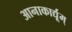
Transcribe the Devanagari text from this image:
आनाकार्द्यूम्